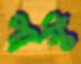
পাস্ট